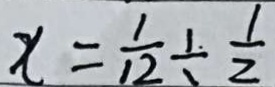
x = \frac { 1 } { 1 2 } \div \frac { 1 } { 2 }